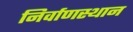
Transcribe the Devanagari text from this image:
निर्वाणस्थान